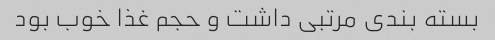
بسته بندی مرتبی داشت و حجم غذا خوب بود